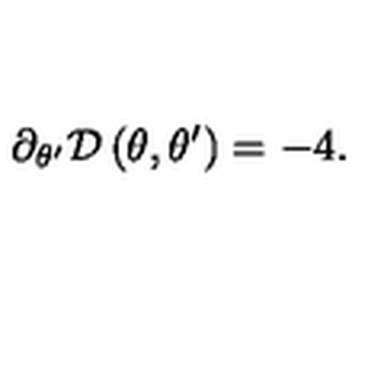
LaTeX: \partial _ { \theta ^ { \prime } } \mathcal { D } \left( \theta , \theta ^ { \prime } \right) = - 4 .